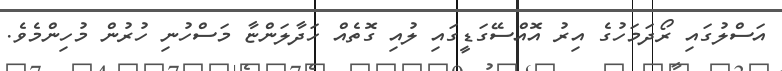
އަސްލުގައި ރޯދަމަހުގެ އިރު އޮއްސޭގަޑީގައި ލުއި ގޮތެއް ހަދާލަންޏާ މަސްހުނި ހުރުން މުހިންމެވެ.